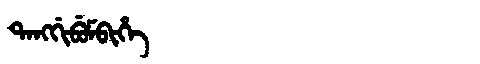
Manchu: ᡨᠠᠩᡤᡳᠪᡠᠮᠪᡳᡥᡝ
Romanization: TANGGIBUMBIHE